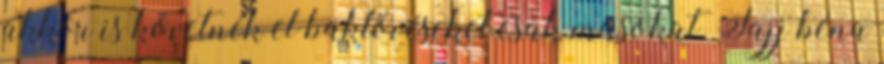
akkor is követnék el baklövéseket csak másokat. Jajj béna